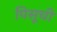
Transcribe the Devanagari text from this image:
पिसूची